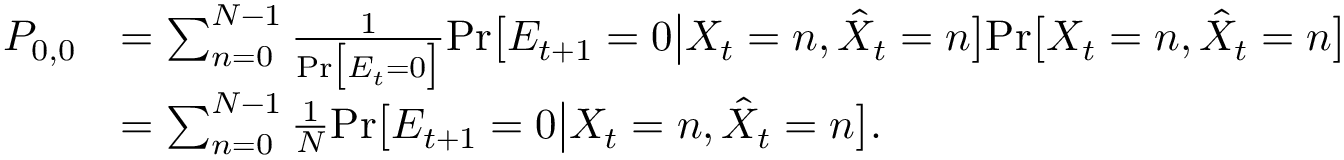
\begin{array} { r l } { P _ { 0 , 0 } } & { = \sum _ { n = 0 } ^ { N - 1 } \frac { 1 } { \mathrm { P r } \big [ E _ { t } = 0 \big ] } \mathrm { P r } \big [ E _ { t + 1 } = 0 \big | X _ { t } = n , \hat { X } _ { t } = n \big ] \mathrm { P r } \big [ X _ { t } = n , \hat { X } _ { t } = n \big ] } \\ & { = \sum _ { n = 0 } ^ { N - 1 } \frac { 1 } { N } \mathrm { P r } \big [ E _ { t + 1 } = 0 \big | X _ { t } = n , \hat { X } _ { t } = n \big ] . } \end{array}